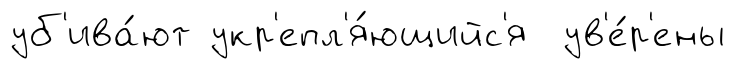
уб'ива́ют укр'епл'я́ющийс'я ув'е́р'ены